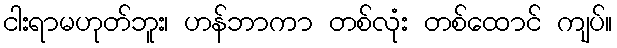
ငါးရာမဟုတ်ဘူး၊ ဟန်ဘာကာ တစ်လုံး တစ်ထောင် ကျပ်။